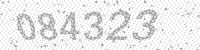
Solution: 084323